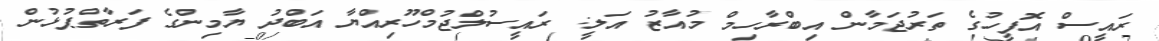
ރައީސް އޮފީހުގެ ތަރުޖަމާން އިބްރާހިމް މުއާޒު އަލީ: ރައީސުލްޖުމްހޫރިއްޔާ އަބްދު ޔާމިންގެ ފަރާތްޕުޅުން